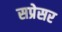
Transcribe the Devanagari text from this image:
सप्रेसर